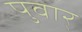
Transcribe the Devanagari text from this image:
पुवार्